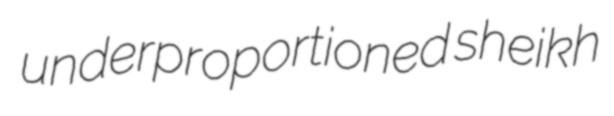
underproportioned sheikh